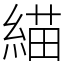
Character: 緢